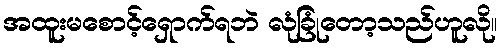
အထူးမစောင့်ရှောက်ရဘဲ လုံခြုံတော့သည်ဟူလို။